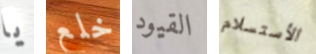
يا خلع القيود الأستسلام